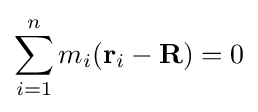
\sum _{i=1}^{n}m_{i}(\mathbf {r} _{i}-\mathbf {R} )=0